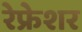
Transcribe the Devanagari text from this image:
रेफ्रेशर